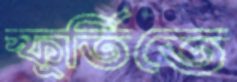
স্ফূর্তিতে